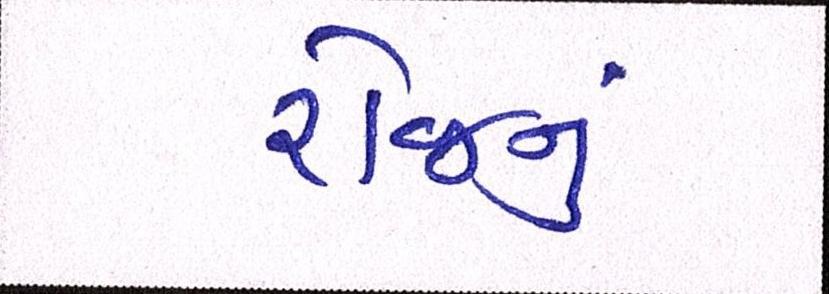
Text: રોજનું